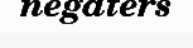
negaters